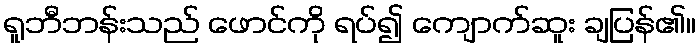
ရူဘီဘန်းသည် ဖောင်ကို ရပ်၍ ကျောက်ဆူး ချပြန်၏။